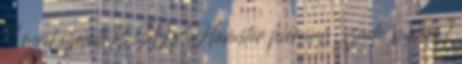
4 évvel ezelőtt 13:30 xHamster piercing, szado mazo 1